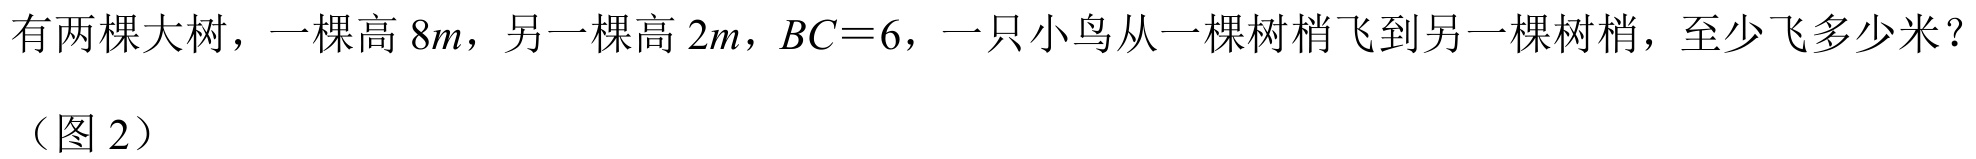
有两棵大树，一棵高 \(8m\)，另一棵高 \(2m\)，\(BC = 6\)，一只小鸟从一棵树梢飞到另一棵树梢，至少飞多少米？（图 2）